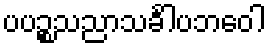
ပပဉ္စသညာသင်္ခါပဘဝေါ